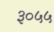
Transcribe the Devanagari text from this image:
३०५५